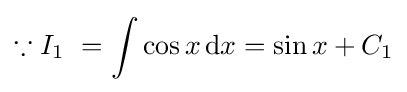
\because I_{1}\ =\int \cos x\,{\text{d}}x=\sin x+C_{1}